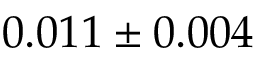
0 . 0 1 1 \pm 0 . 0 0 4